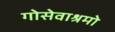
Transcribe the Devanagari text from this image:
गोसेवाश्रमो